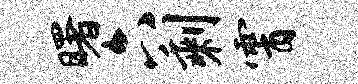
曙六剩霄